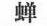
蝉